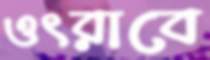
ওৎরাবে